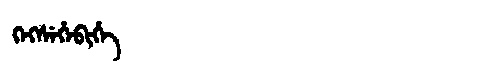
Manchu: ᡴᡝᡴᠰᡝᡥᡝᠪᡳᡥᡝ
Romanization: KEKSEHEBIHE